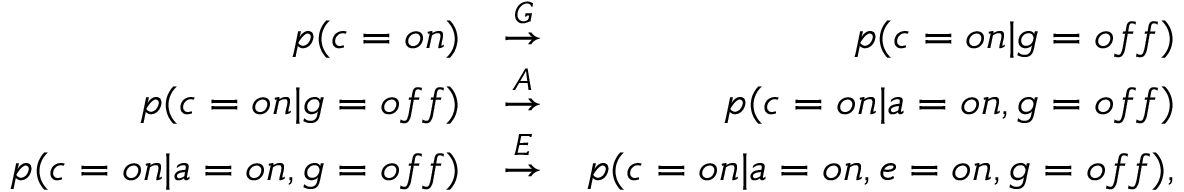
\begin{array} { r l r } { p ( c = { o n } ) } & { \stackrel { G } { \rightarrow } } & { p ( c = { o n } | g = { o f f } ) } \\ { p ( c = { o n } | g = { o f f } ) } & { \stackrel { A } { \rightarrow } } & { p ( c = { o n } | a = { o n } , g = { o f f } ) } \\ { p ( c = { o n } | a = { o n } , g = { o f f } ) } & { \stackrel { E } { \rightarrow } } & { p ( c = { o n } | a = { o n } , e = { o n } , g = { o f f } ) , } \end{array}